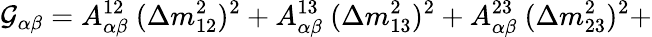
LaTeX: {\cal G}_{\alpha\beta}=A_{\alpha\beta}^{12}~(\Delta m_{12}^{2})^{2}+A_{\alpha\beta}^{13}~(\Delta m_{13}^{2})^{2}+A_{\alpha\beta}^{23}~(\Delta m_{23}^{2})^{2}+